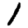
Digit: 1